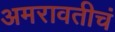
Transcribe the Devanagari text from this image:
अमरावतीचं